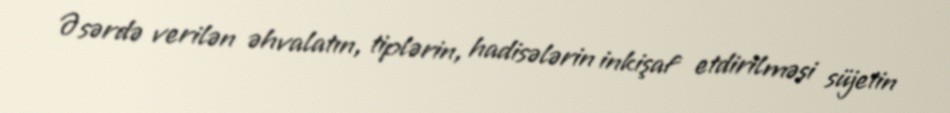
Əsərdə verilən əhvalatın, tiplərin, hadisələrin inkişaf etdirilməsi süjetin